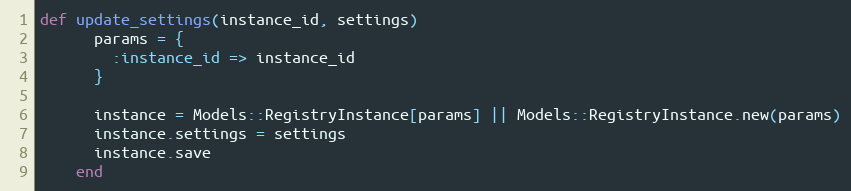
Language: Ruby
def update_settings(instance_id, settings)
      params = {
        :instance_id => instance_id
      }

      instance = Models::RegistryInstance[params] || Models::RegistryInstance.new(params)
      instance.settings = settings
      instance.save
    end